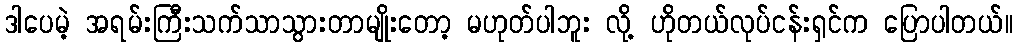
ဒါပေမဲ့ အရမ်းကြီးသက်သာသွားတာမျိုးတော့ မဟုတ်ပါဘူး လို့ ဟိုတယ်လုပ်ငန်းရှင်က ပြောပါတယ်။